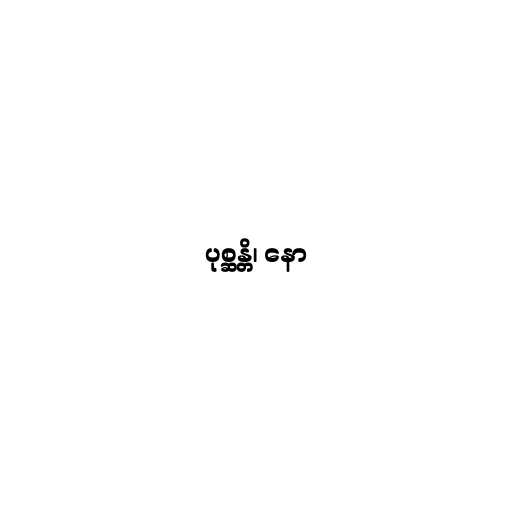
ပုစ္ဆန္တိ၊ နော